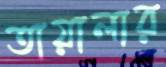
তায়ালার